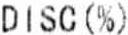
DISC (%)